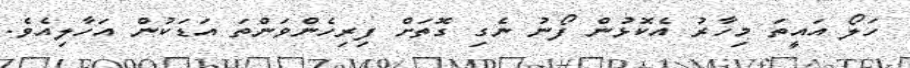
ހަލޯ އައީތަ މިހާރު އެކޮޅުން ފޯނު ނެގި ގޮތަށް ފިރިހެންވަންތަ އަޑަކުން އަހާލިއެވެ.